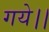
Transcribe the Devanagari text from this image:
गये।।